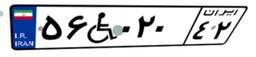
۴۰W۴۱۶۶۲